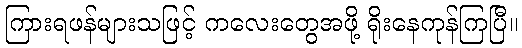
ကြားရဖန်များသဖြင့် ကလေးတွေအဖို့ ရိုးနေကုန်ကြပြီ။